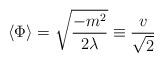
LaTeX: \begin{align*}\langle \Phi \rangle = {\sqrt{-m^2 \over 2 \lambda}} \equiv {v \over \sqrt{2}}\end{align*}